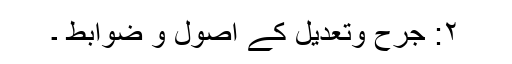
۲: جرح وتعدیل کے اصول و ضوابط ۔